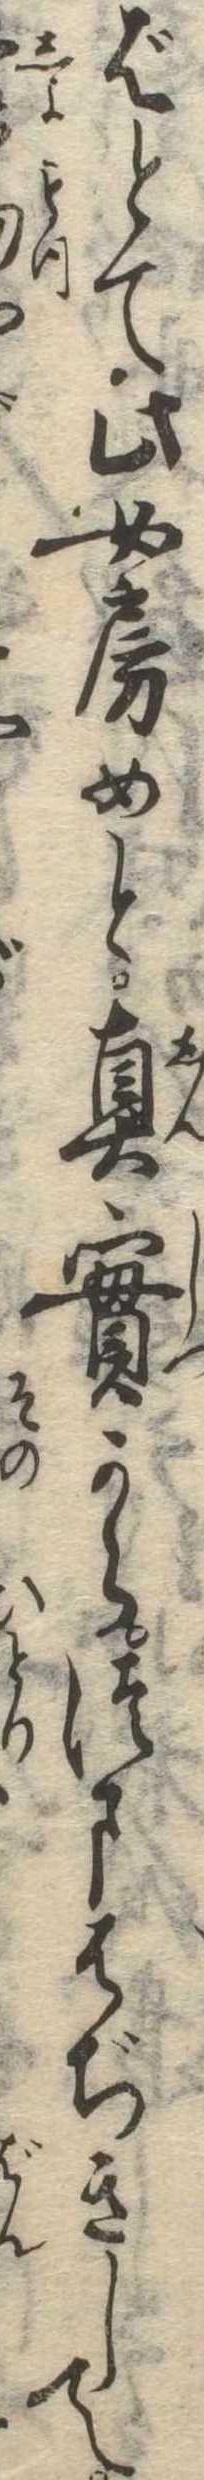
ばとて此女房めと真実からつまはぢきして